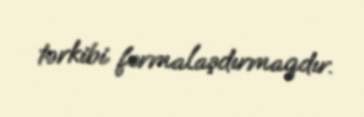
tərkibi formalaşdırmaqdır.